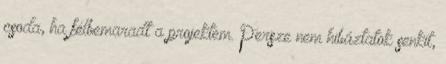
csoda, ha félbemaradt a projektem. Persze nem hibáztatok senkit,